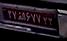
۲۷ا۶۷۷۲۲